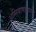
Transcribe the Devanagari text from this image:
अग्निबाणासारखे